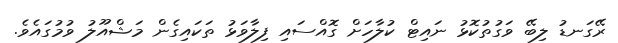
ރޭގަނޑު ލިބޭ ވަގުތުކޮޅު ނައިޓް ކުލާހަށް ގޮއްސައި ފިލާވަޅު ތަކައިގެން މަޝްއޫލު ވުމުގައެވެ.